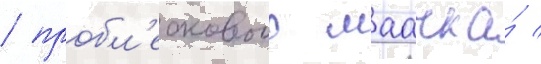
/ пробл'ескового маачка́ /